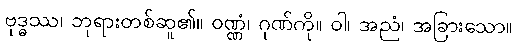
ဗုဒ္ဓဿ၊ ဘုရားတစ်ဆူ၏။ ဝဏ္ဏံ၊ ဂုဏ်ကို။ ဝါ၊ အညံ၊ အခြားသော။